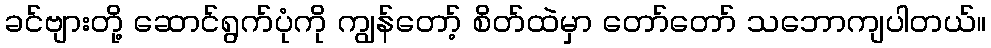
ခင်ဗျားတို့ ဆောင်ရွက်ပုံကို ကျွန်တော့် စိတ်ထဲမှာ တော်တော် သဘောကျပါတယ်။